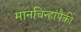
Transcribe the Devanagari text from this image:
मानचिन्हांपैकी